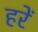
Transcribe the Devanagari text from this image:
हरें